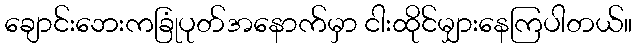
ချောင်းဘေးကခြုံပုတ်အနောက်မှာ ငါးထိုင်မျှားနေကြပါတယ်။